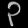
Digit: ၃